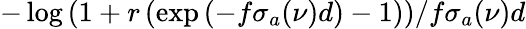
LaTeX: -\log{\left(1+r\left(\exp{\left(-f\sigma_{a}(\nu)d\right)}-1\right)\right)}/f\sigma_{a}(\nu)d